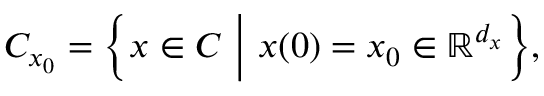
\begin{array} { r } { C _ { x _ { 0 } } = \bigg \{ x \in C \ \bigg \vert \ x ( 0 ) = x _ { 0 } \in \mathbb { R } ^ { d _ { x } } \bigg \} , } \end{array}